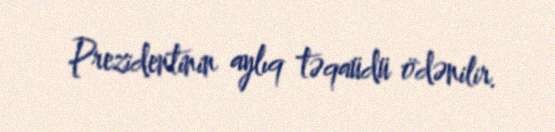
Prezidentinin aylıq təqaüdü ödənilir.